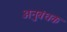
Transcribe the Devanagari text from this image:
अनुबंधक